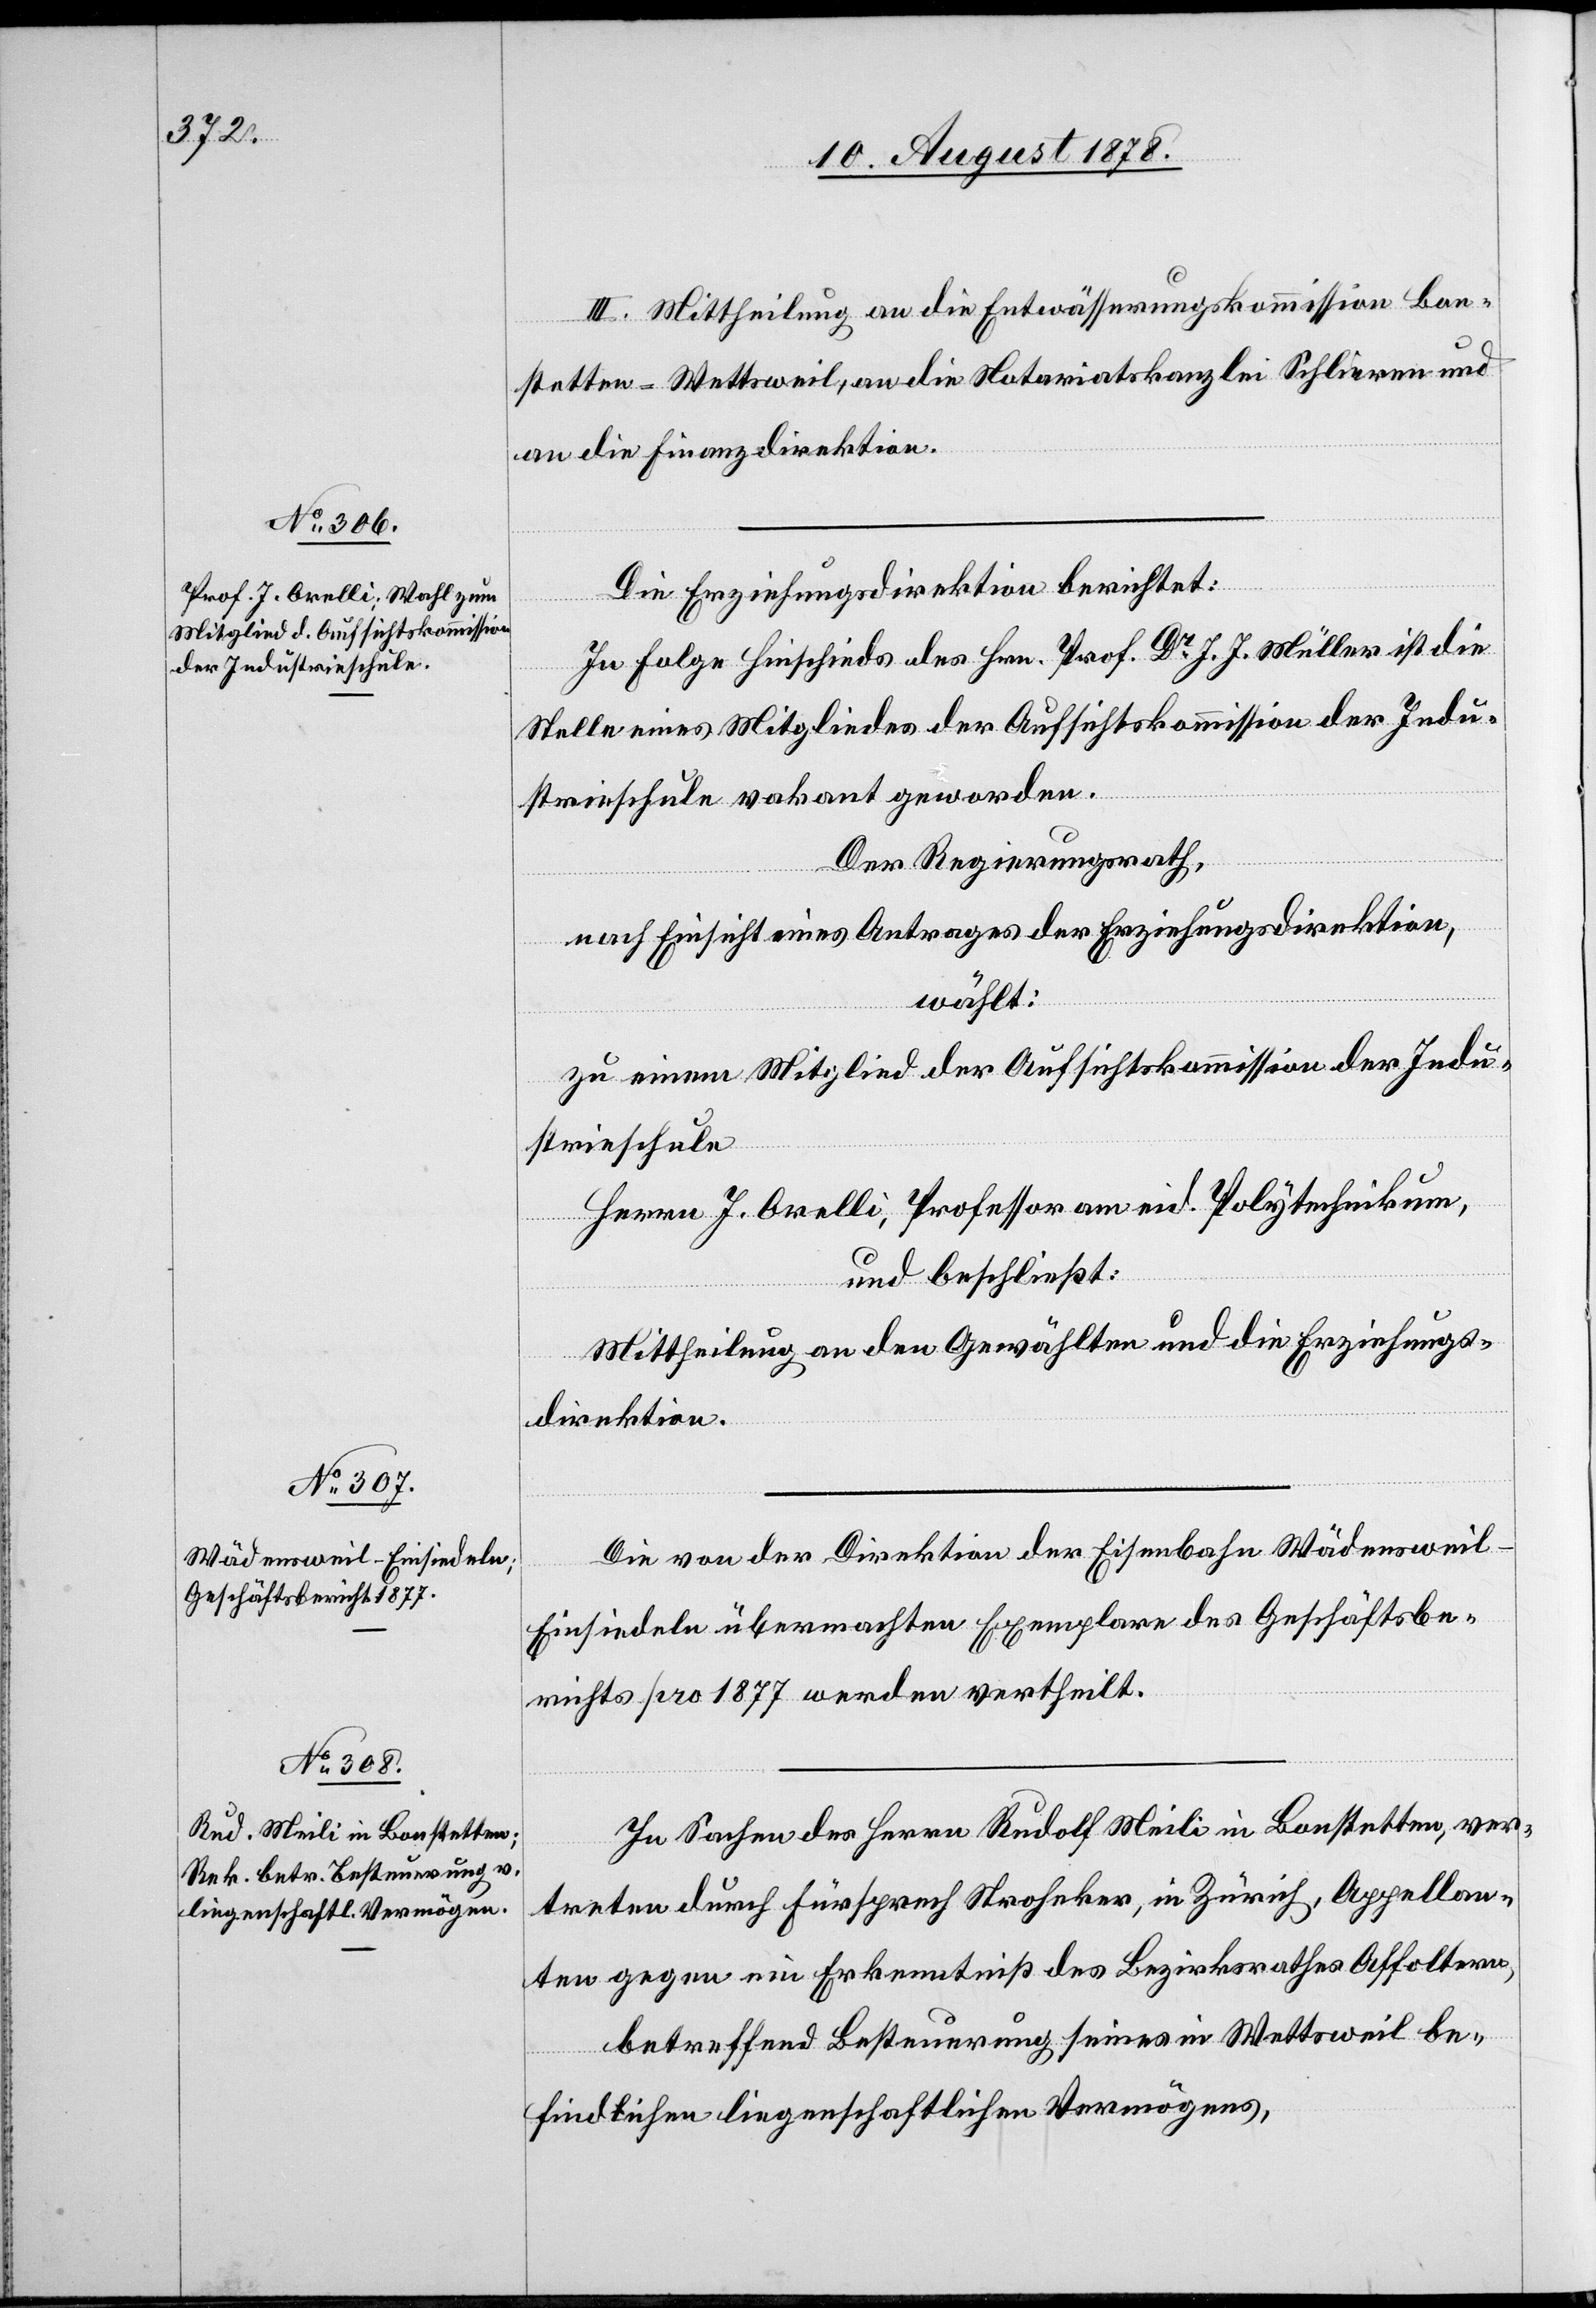
III. Mittheilung an die Entwässerungskommission Bon¬
stetten-Wettsweil, an die Notariatskanzlei bei Schlieren und
an die Finanzdirektion.
Die Erziehungsdirektion berichtet:
In Folge Hinschieds des Hrn. Prof. Dr J. J. Müller ist die
Stelle eines Mitgliedes der Aufsichtskommission der Indu¬
strieschule vakant geworden.
Der Regierungsrath,
nach Einsicht eines Antrages der Erziehungsdirektion,
wählt:
zu einem Mitglied der Aufsichtskommission der Indu¬
strieschule
Herrn J. Orelli, Professor am eid. Polytechnikum,
und beschließt:
Mittheilung an den Gewählten und die Erziehungs¬
direktion.
Die von der Direktion der Eisenbahn Wädenswei¬
l–Einsiedeln übermachten Exemplare des Geschäftsbe¬
richts pro 1877 werden vertheilt.
In Sachen des Herrn Rudolf Meili in Bonstetten, ver¬
treten durch Fürsprech Stroheker, in Zürich, Appellan¬
ten gegen ein Erkenntniß des Bezirksrathes Affoltern,
betreffend Besteuerung seines in Wettsweil be¬
findlichen liegenschaftlichen Vermögens,